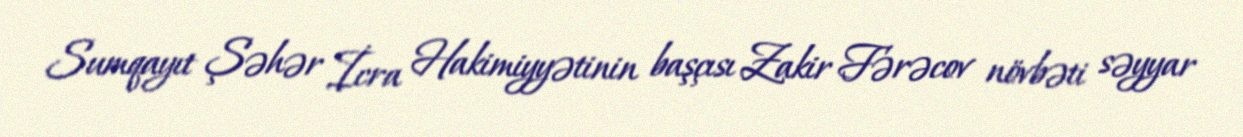
Sumqayıt Şəhər İcra Hakimiyyətinin başçısı Zakir Fərəcov növbəti səyyar